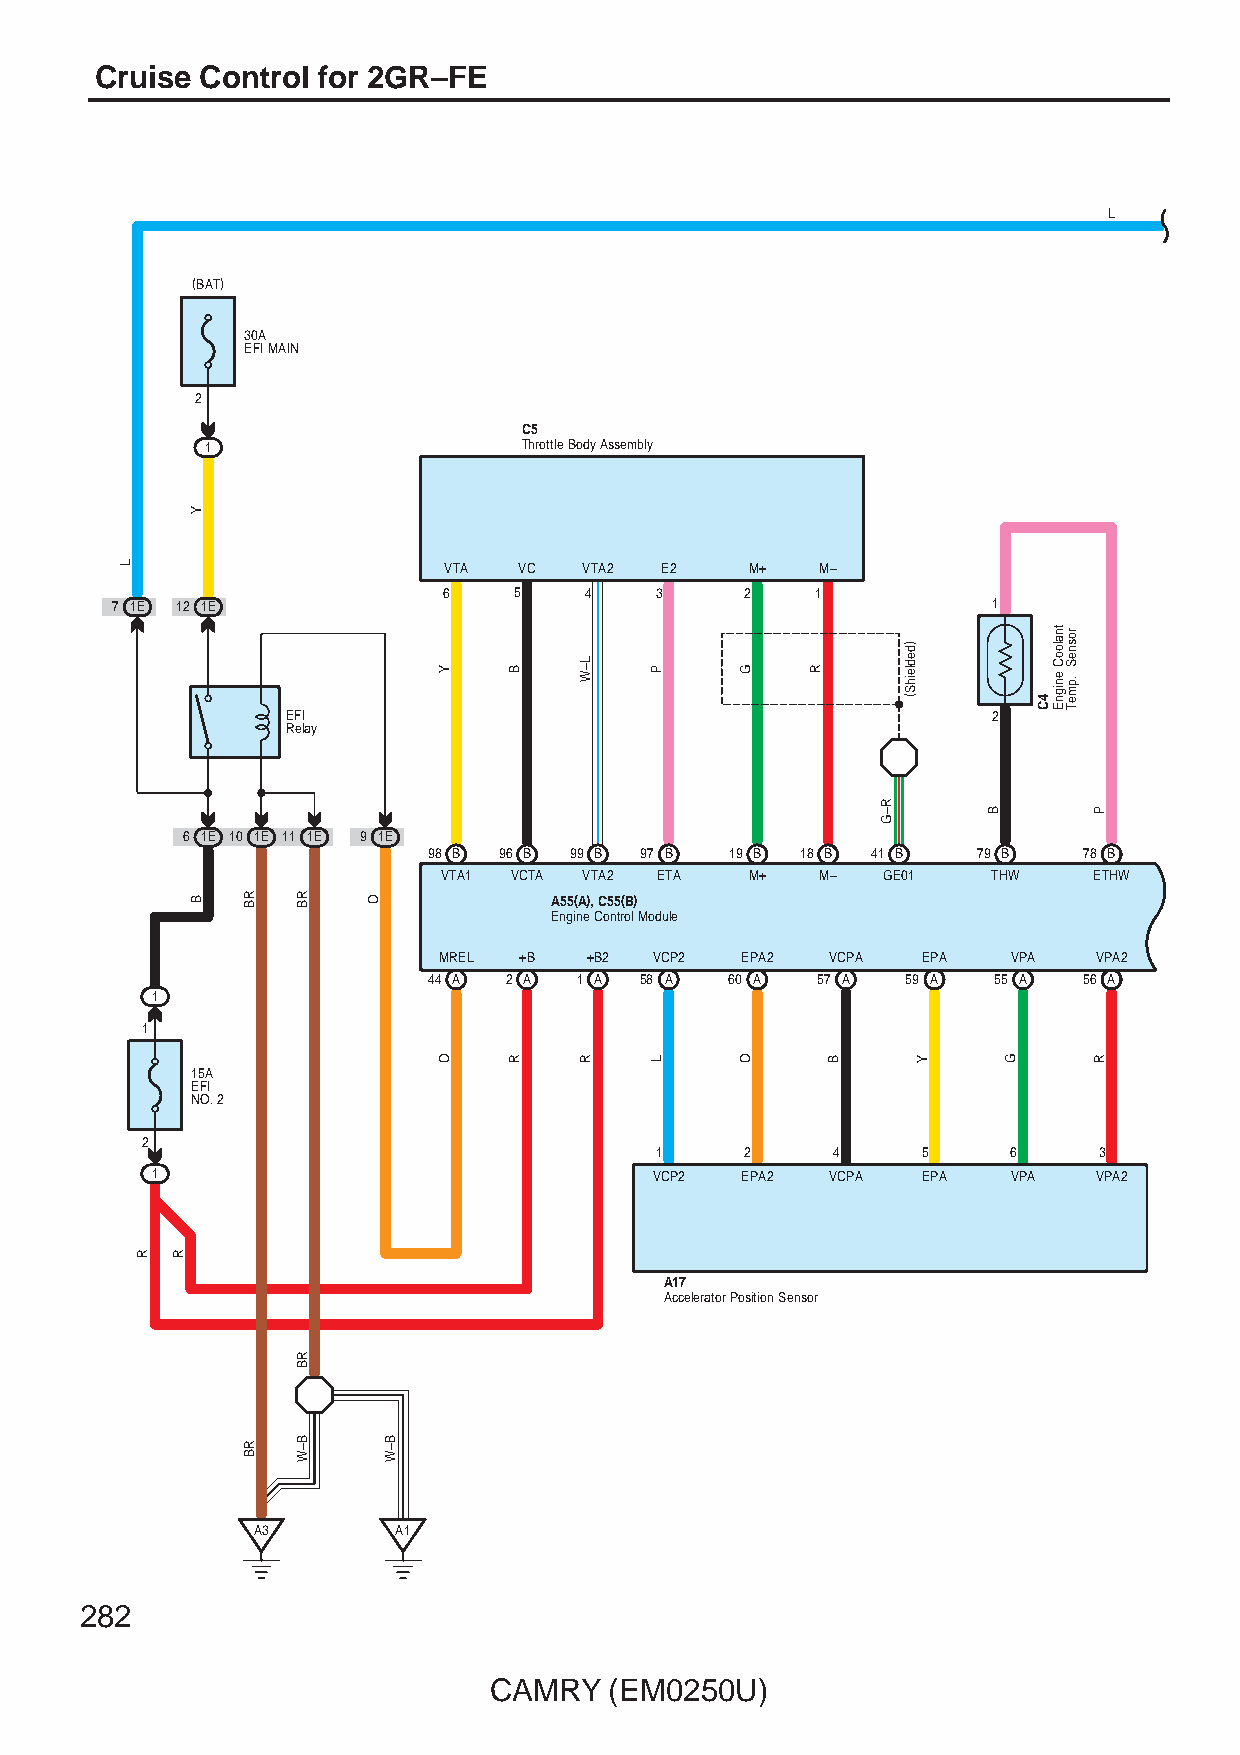
Cruise Control for 2GR–FE
 L
 (BAT)
 30A
 EFI MAIN
 2
 C5
 1                    Throttle Body Assembly
 VTA  VC   VTA2 E2    M+  M–
 6    5    4   3     2    1
 7 1E 12 1E                                                 1
 EFI                                            2
 Relay
 6 1E 10 1E 11 1E 9 1E
 98 B 96 B 99 B 97 B 19 B 18 B 41 B   79 B   78 B
 VTA1 VCTA VTA2 ETA   M+  M–  GE01    THW   ETHW
 A55(A), C55(B)
 Engine Control Module
 MREL +B   +B2 VCP2  EPA2  VCPA  EPA   VPA   VPA2
 44 A 2 A  1 A 58 A  60 A  57 A  59 A  55 A  56 A
 1
 1
 15A
 EFI
 NO. 2
 2
 1     2     4     5     6     3
 1                                VCP2  EPA2  VCPA  EPA   VPA   VPA2
 A17
 Accelerator Position Sensor
 A3       A1
 282
 CAMRY   (EM0250U)
 L
 R R
 Y
 B  RB
 RB
 RB
 RB
 B–W
 O
 B–W
 Y
 O
 B
 R
 L–W
 R
 P
 L
 G
 O
 R
 B
 R–G
 )dedleihS(
 Y
 B
 G
 4C
 tnalooC
 enignE
 rosneS
 .pmeT
 P
 R